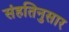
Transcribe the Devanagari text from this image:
संहतिनुसार